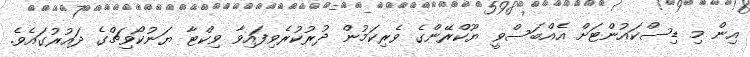
އިން މި ޑިސްކައުންޓަށް އެއްބަސްވީ ޔޫކްރޭންގެ ވެރިކަމުން ދުރުކުރެވިފައިވާ ވިކްޓާ ޔަނުކޯވިޗްގެ ދައުރުގައެވެ.